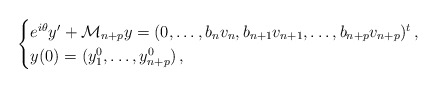
\begin{align*}\begin{cases}e^{i \theta}y^{\prime} + \mathcal{M}_{n+p}y=(0, \ldots, b_n v_n, b_{n+1} v_{n+1}, \ldots, b_{n+p}v_{n+p})^t \,,\\y(0)=(y_1^0, \ldots, y_{n+p}^0) \,,\end{cases}\end{align*}